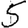
Digit: 5